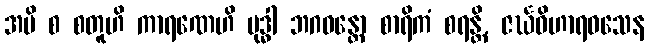
အပိ စ စတူဟိ ကာရဏေဟိ ဗုဒ္ဓါ ဘဂဝန္တော စာရိကံ စရန္တိ, ဇင်္ဃဝိဟာရဝသေန